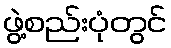
ဖွဲ့စည်းပုံတွင်